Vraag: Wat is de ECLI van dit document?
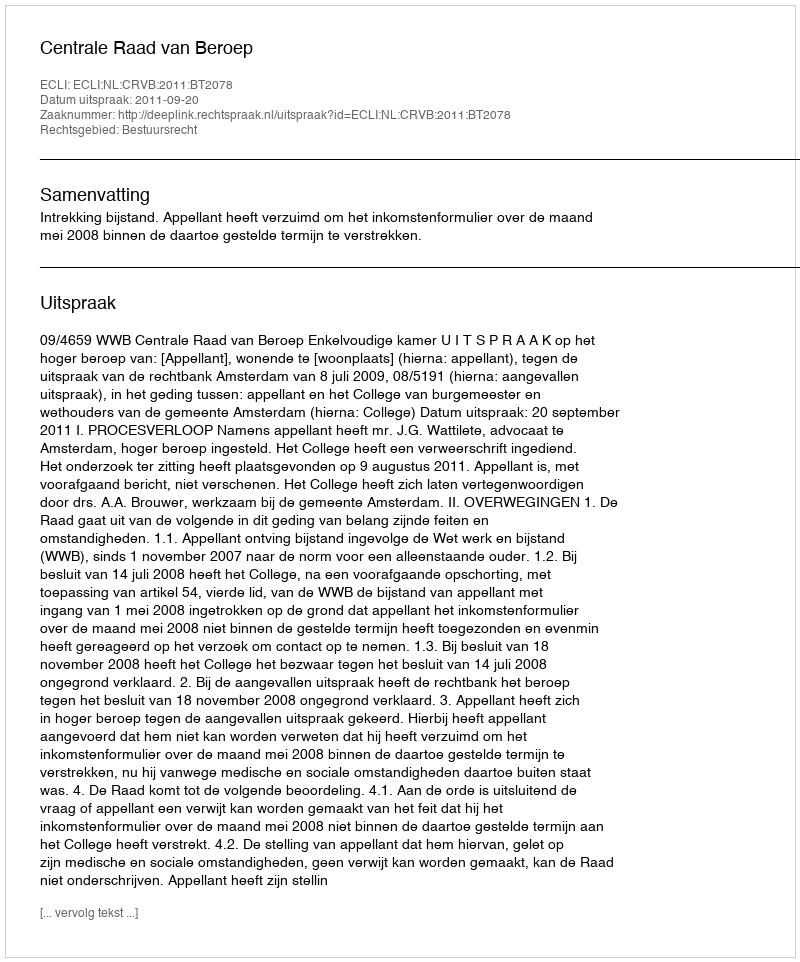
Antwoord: ECLI:NL:CRVB:2011:BT2078